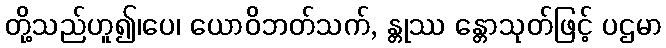
တို့သည်ဟူ၍၊ပေ၊ ယောဝိဘတ်သက်, န္တုဿ န္တောသုတ်ဖြင့် ပဌမာ